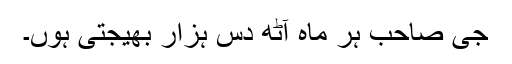
جی صاحب ہر ماہ آٹھ دس ہزار بھیجتی ہوں۔